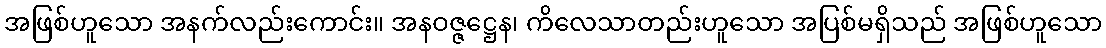
အဖြစ်ဟူသော အနက်လည်းကောင်း။ အနဝဇ္ဇဋ္ဌေန၊ ကိလေသာတည်းဟူသော အပြစ်မရှိသည် အဖြစ်ဟူသော